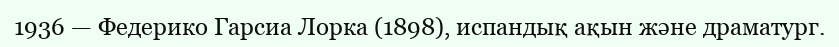
1936 — Федерико Гарсиа Лорка (1898), испандық ақын және драматург.